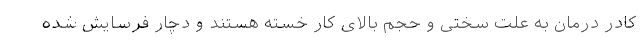
کادر درمان به علت سختی و حجم بالای کار خسته هستند و دچار فرسایش شده